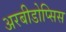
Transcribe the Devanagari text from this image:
अरबीडोप्सिस